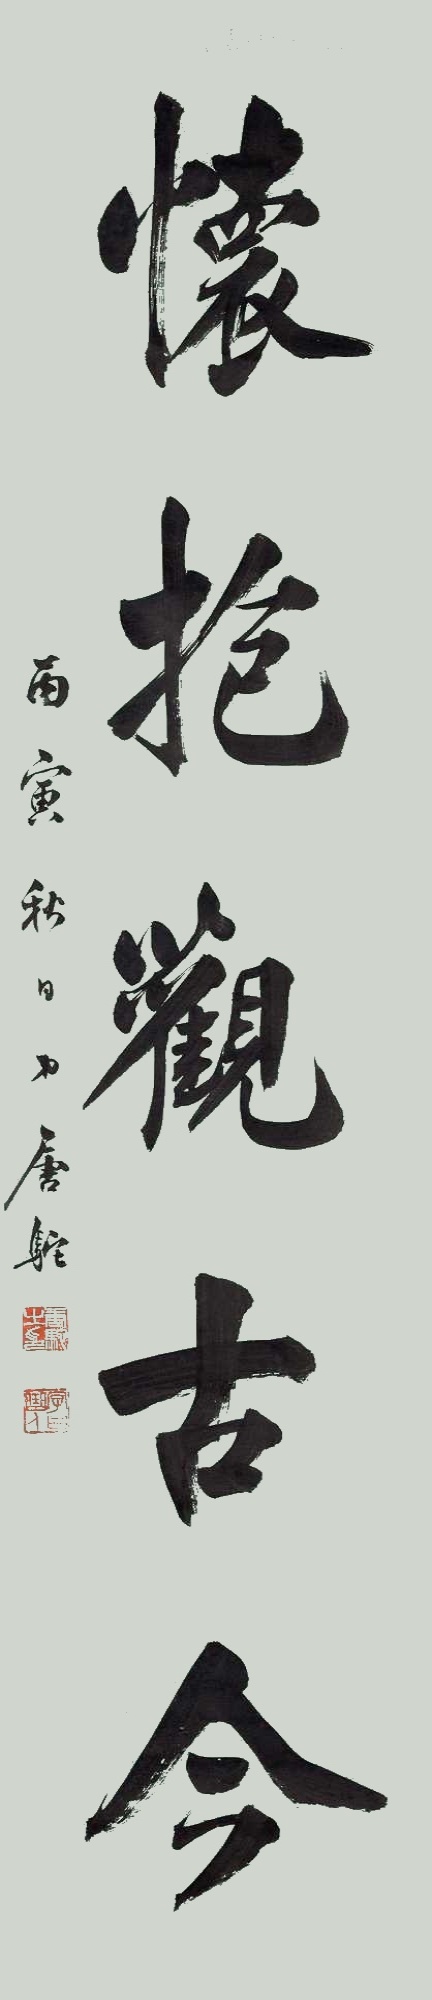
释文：文物商店旧藏。丙寅秋日，弟唐驼。